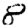
Digit: 8